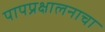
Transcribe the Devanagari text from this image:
पापप्रक्षालनाचा